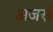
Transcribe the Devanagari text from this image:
अजस्रं